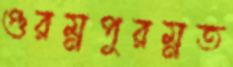
গুরম্নপুরম্নত